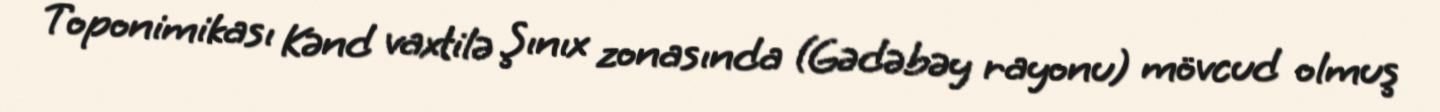
Toponimikası Kənd vaxtilə Şınıx zonasında (Gədəbəy rayonu) mövcud olmuş